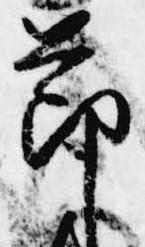
節